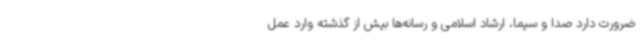
ضرورت دارد صدا و سیما، ارشاد اسلامی و رسانه‌ها بیش از گذشته وارد عمل